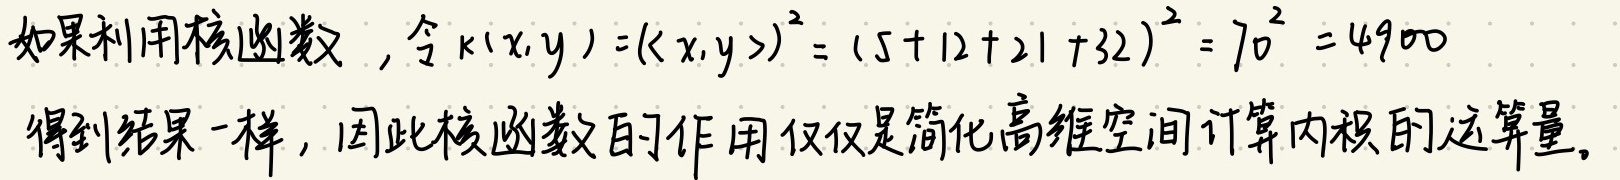
如果利用核函数 ，令\(k(x,y) = (\langle x,y\rangle)^2 = (5 + 12 + 21 + 32)^2 = 70^2 = 4900\)得到结果一样，因此核函数的作用仅仅是简化高维空间计算内积的运算量。